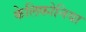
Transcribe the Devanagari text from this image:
केलिफोनिया